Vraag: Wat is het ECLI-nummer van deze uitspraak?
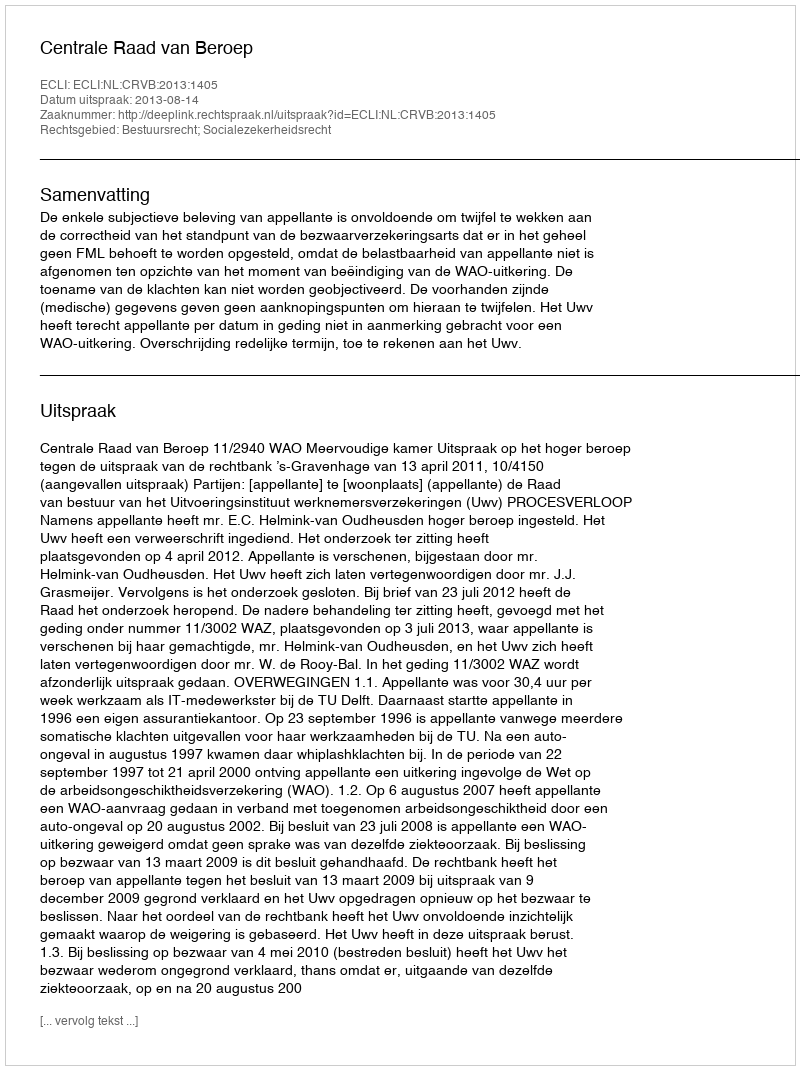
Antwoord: ECLI:NL:CRVB:2013:1405